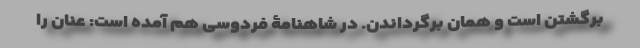
برگشتن است و همان برگرداندن. در شاهنامۀ فردوسی هم آمده است: عنان را